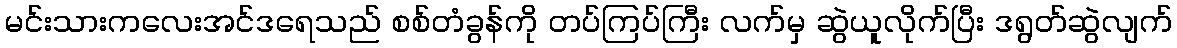
မင်းသားကလေးအင်ဒရေသည် စစ်တံခွန်ကို တပ်ကြပ်ကြီး လက်မှ ဆွဲယူလိုက်ပြီး ဒရွတ်ဆွဲလျက်